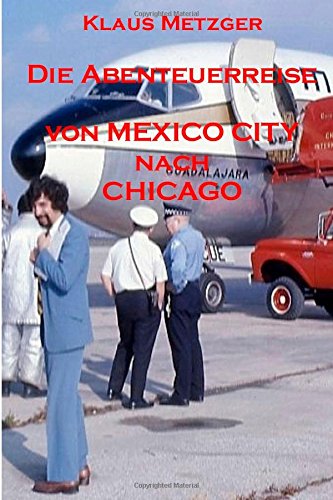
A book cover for Die Abenteuerreise von MEXICO CITY nach CHICAGO (German Edition); Klaus Metzger; Travel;